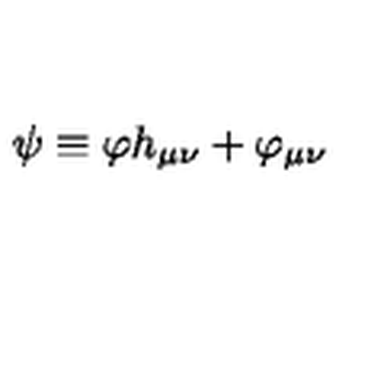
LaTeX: \psi \equiv \varphi h _ { \mu \nu } + \varphi _ { \mu \nu }